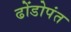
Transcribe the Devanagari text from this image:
ढोंडोपंत